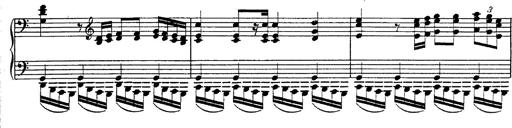
Title: Fantasie Ã¼ber Themen aus Mozarts Figaro und Don Giovanni
Composer: Franz Liszt